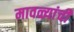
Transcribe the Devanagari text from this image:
मावळ्यांची